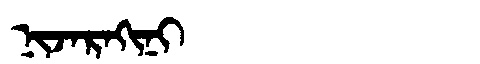
Manchu: ᠨᡳᠵᠠᡵᠠᡴᡳᠨᡳ
Romanization: NIJARAKINI